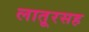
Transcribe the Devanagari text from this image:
लातूरसह